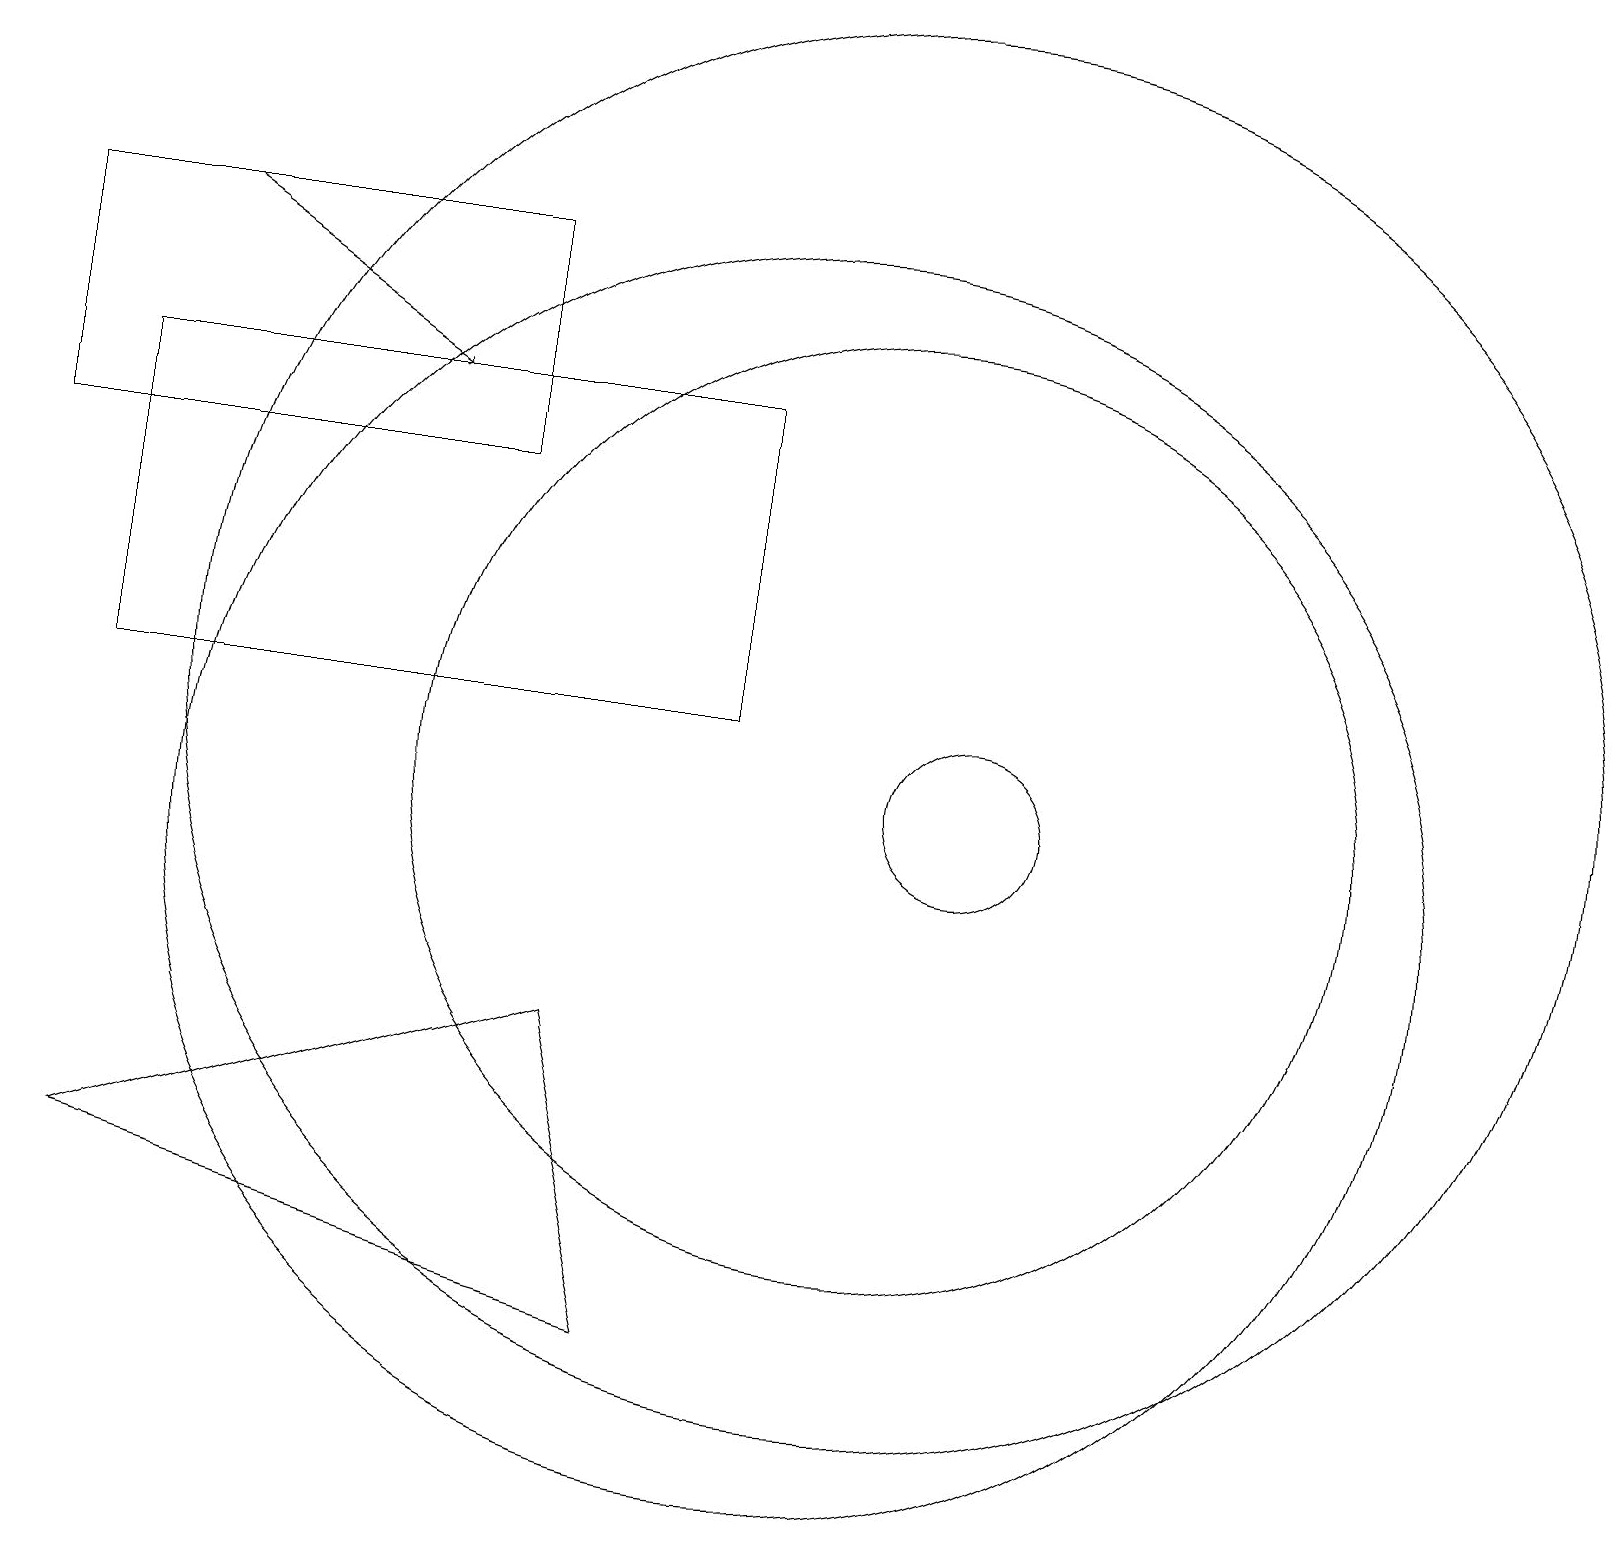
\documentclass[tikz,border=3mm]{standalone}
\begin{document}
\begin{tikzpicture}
\draw (11,12) circle (9);
\draw (1,6) -- (8,4) -- (7,8) -- cycle;
\draw (1,12) rectangle (9,16);
\draw (11,11) circle (6);
\draw (0,18) rectangle (6,15);
\draw (10,10) circle (8);
\draw[->] (2,18) -- (5,16);
\draw (12,11) circle (1);
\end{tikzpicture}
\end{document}